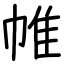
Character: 帷